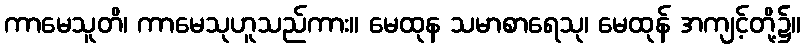
ကာမေသူတိ၊ ကာမေသုဟူသည်ကား။ မေထုန သမာစာရေသု၊ မေထုန် အကျင့်တို့၌။